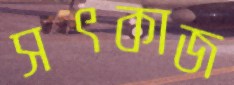
সৎকাজ